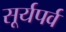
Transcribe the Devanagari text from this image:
सूर्यपर्व